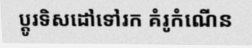
ប្តូរទិសដៅទៅរក គំរូកំណើន